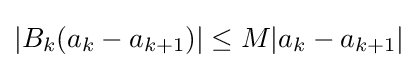
|B_{k}(a_{k}-a_{k+1})|\leq M|a_{k}-a_{k+1}|